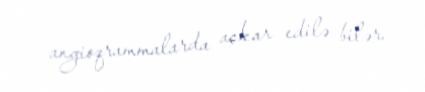
angioqrammalarda aşkar edilə bilər.